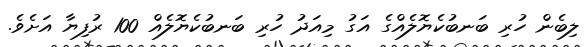
ލިބެން ހުރި ބަނބުކެޔޮލެއްގެ އަގު މިއަދު ހުރި ބަނބުކެޔޮލެއް 100 ރުފިޔާ އަށެވެ.